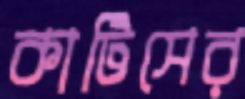
কার্টিসের